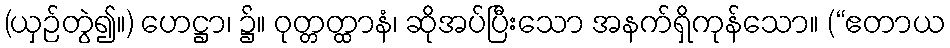
(ယှဉ်တွဲ၍။) ဟေဋ္ဌာ၊ ၌။ ဝုတ္တတ္ထာနံ၊ ဆိုအပ်ပြီးသော အနက်ရှိကုန်သော။ (“ဧတာယ